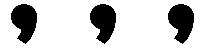
, , ,